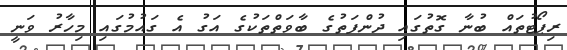
ރިޕޯޓުތައް ބުނާ ގޮތުގައި ދުންފަތުގެ ބާވަތްތަކުގެ އަގު އެ ގައުމުގައި މިހާރު ވަނީ